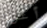
أعرف